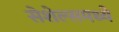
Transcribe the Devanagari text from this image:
सेशेल्समध्ये